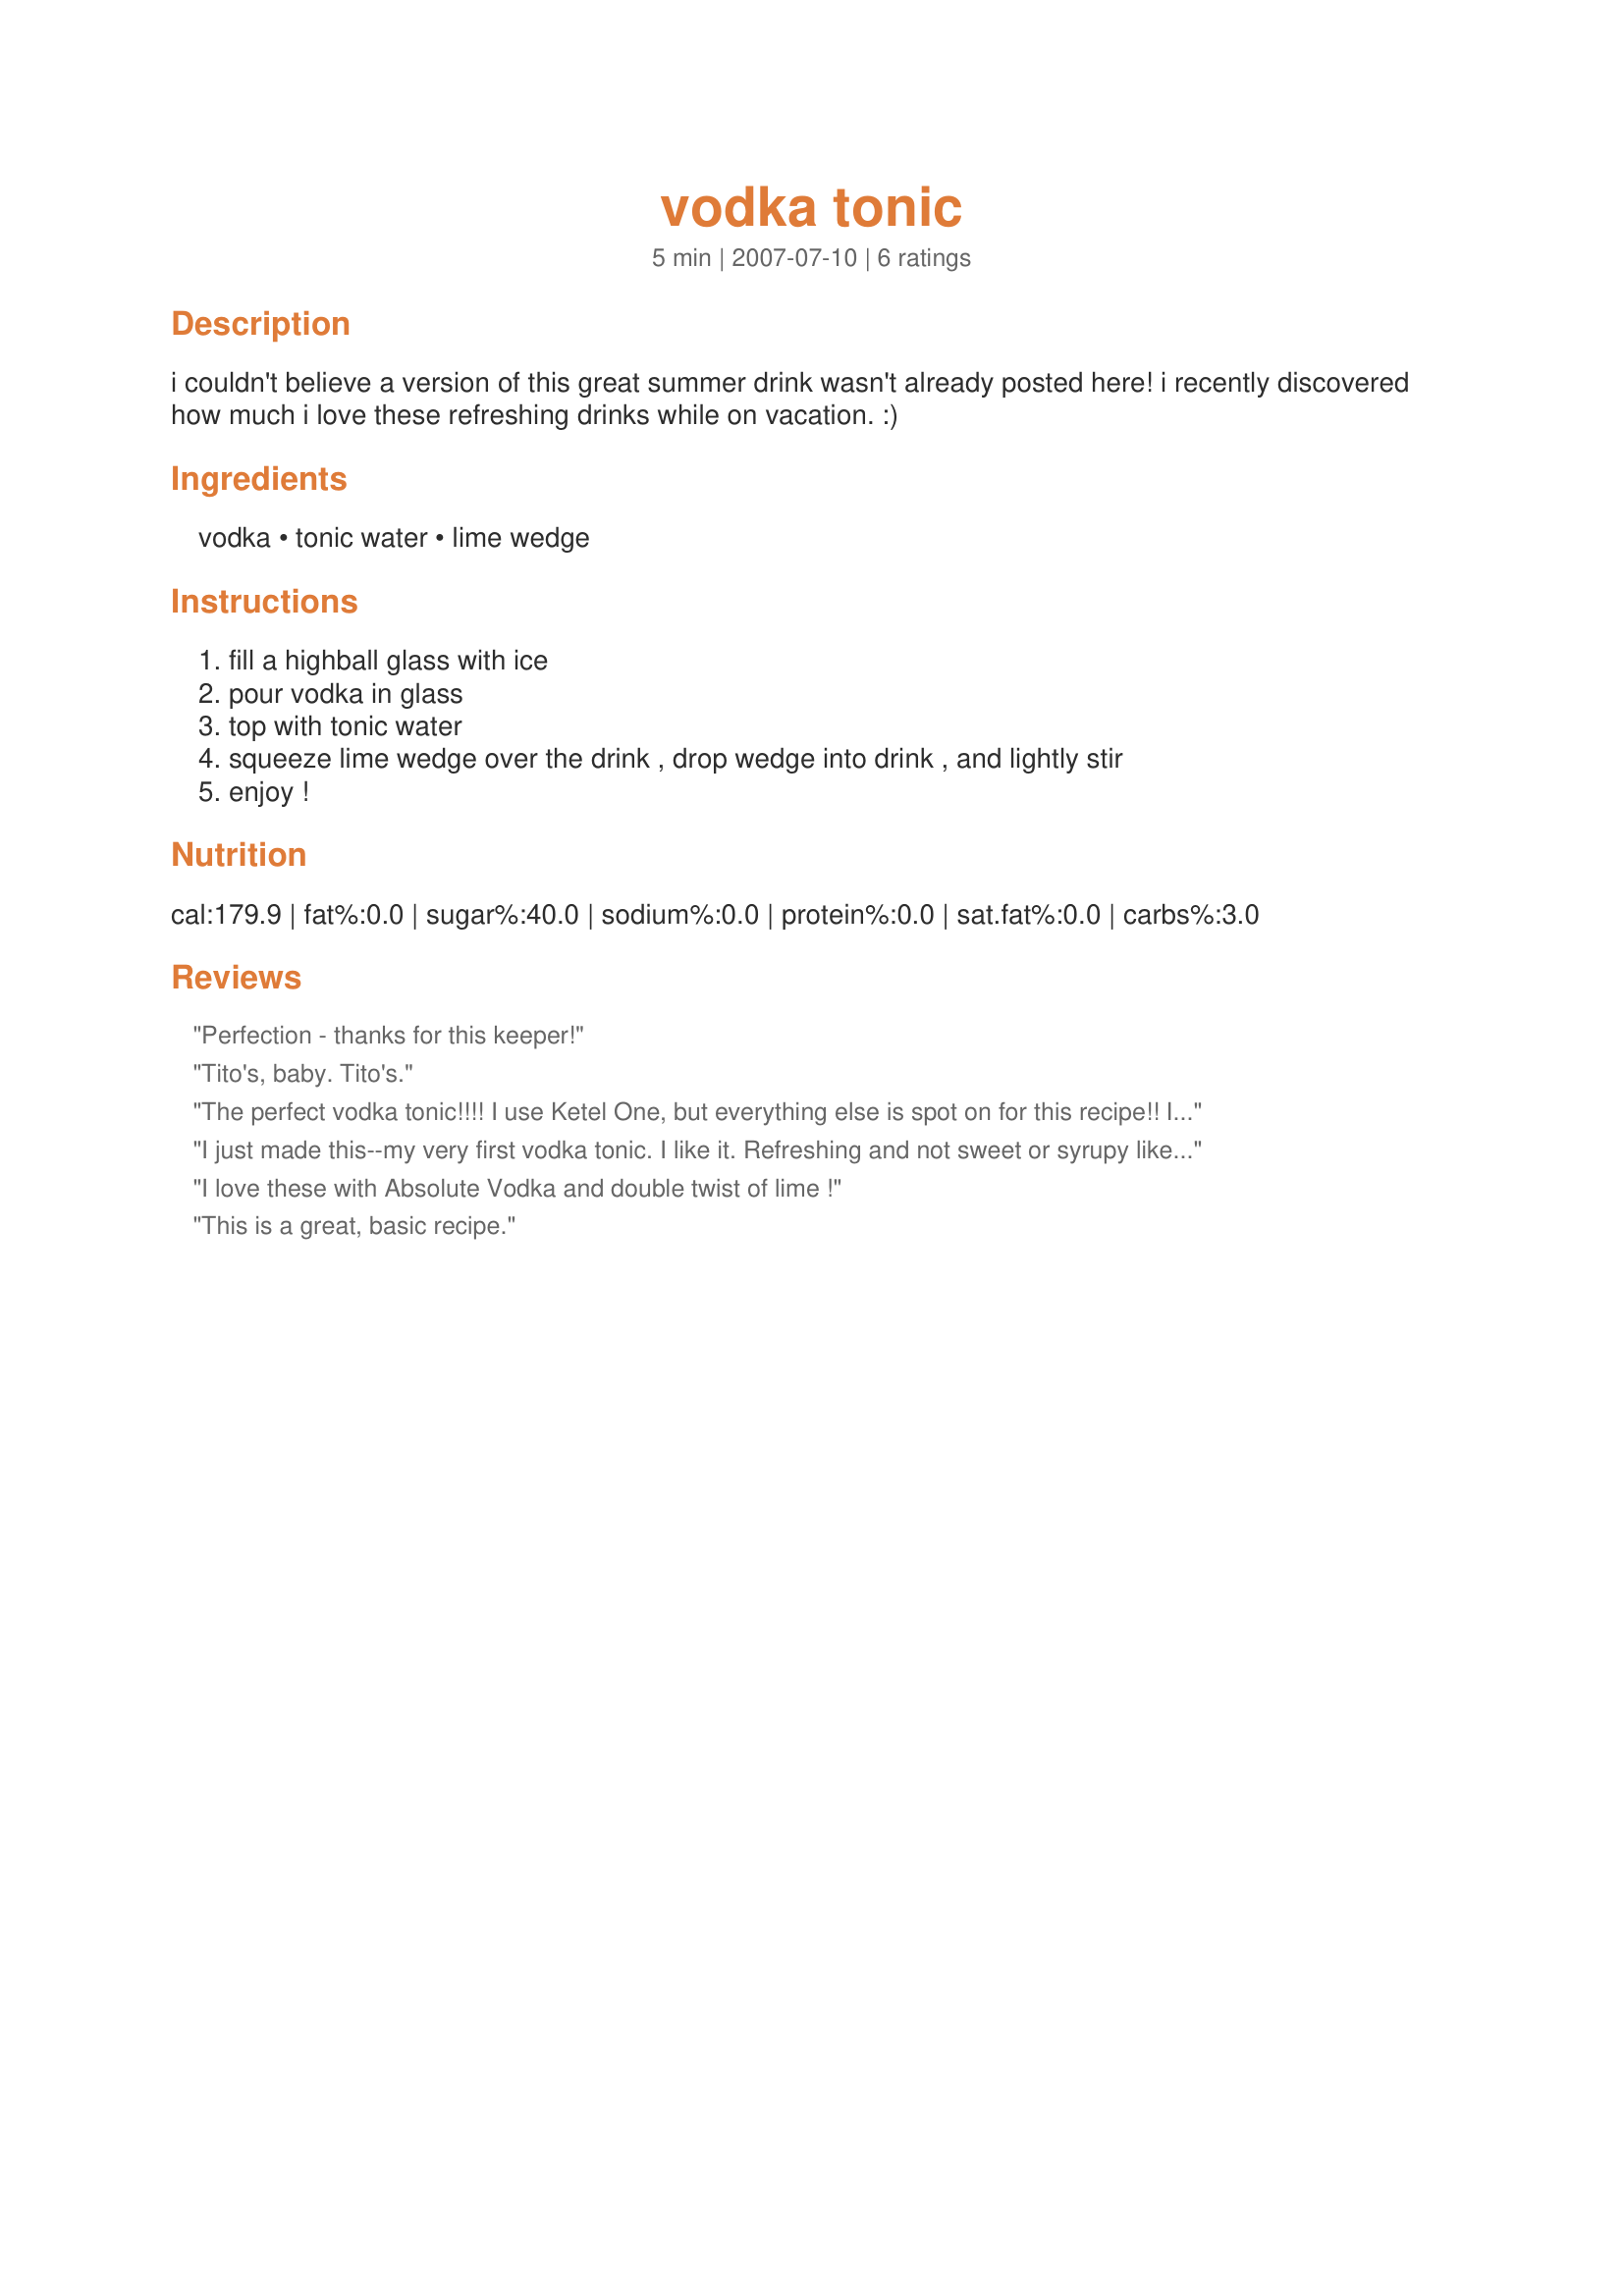
vodka tonic
Preparation time: 5 minutes

i couldn't believe a version of this great summer drink wasn't already posted here! i recently discovered how much i love these refreshing drinks while on vacation. :)

Ingredients:
vodka, tonic water, lime wedge

Steps:
fill a highball glass with ice, pour vodka in glass, top with tonic water, squeeze lime wedge over the drink , drop wedge into drink , and lightly stir, enjoy !

Reviews:
Perfection - thanks for this keeper!
Tito's, baby. Tito's.
The perfect vodka tonic!!!! I use Ketel One, but everything else is spot on for this recipe!! I think I shall go make one when I get home tonight again!
I just made this--my very first vodka tonic. I like it. Refreshing and not sweet or syrupy like some other cocktails. I did not have a lime wedge so I added about four squirts of lime juice to give it a citrus-y tang. I also used Absolut vodka, and lemon-lime tonic water. Thanks for posting this classic drink.
I love these with Absolute Vodka and double twist of lime !
This is a great, basic recipe.
